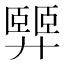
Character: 𢍴